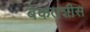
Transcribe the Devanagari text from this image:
बेकतशीस